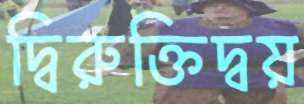
দ্বিরুক্তিদ্বয়